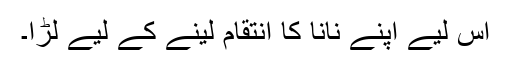
اس لیے اپنے نانا کا انتقام لینے کے لیے لڑا۔